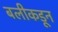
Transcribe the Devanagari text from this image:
बलीकडून